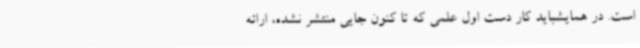
است. در همایشباید کار دست اول علمی که تا کنون جایی منتشر نشده، ارائه